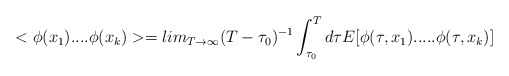
\begin{align*}<\phi(x_{1})....\phi(x_{k})>=lim_{T\rightarrow\infty}(T-\tau_{0})^{-1}\int_{\tau_{0}}^{T} d\tau E[\phi(\tau,x_{1}).....\phi(\tau,x_{k})]\end{align*}